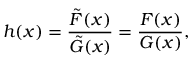
h ( x ) = { \frac { \tilde { F } ( x ) } { \tilde { G } ( x ) } } = { \frac { F ( x ) } { G ( x ) } } ,